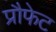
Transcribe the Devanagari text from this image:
प्रौफेट